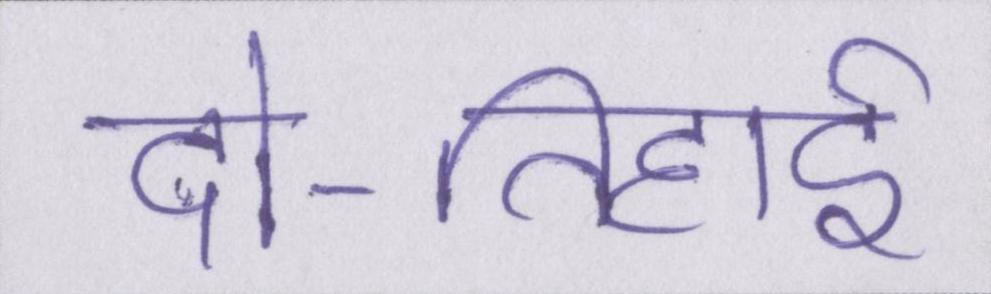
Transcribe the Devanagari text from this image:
दो-तिहाई